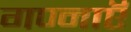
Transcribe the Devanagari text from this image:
गण्नाऍ